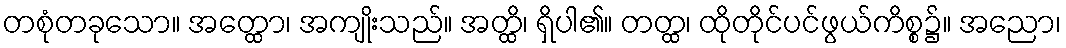
တစုံတခုသော။ အတ္ထော၊ အကျိုးသည်။ အတ္ထိ၊ ရှိပါ၏။ တတ္ထ၊ ထိုတိုင်ပင်ဖွယ်ကိစ္စ၌။ အညော၊